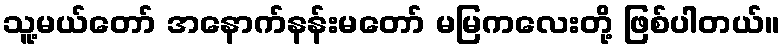
သူ့မယ်တော် အနောက်နန်းမတော် မမြကလေးတို့ ဖြစ်ပါတယ်။